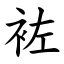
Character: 袏